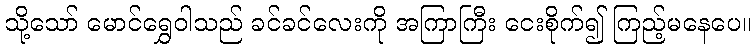
သို့သော် မောင်ရွှေဝါသည် ခင်ခင်လေးကို အကြာကြီး ငေးစိုက်၍ ကြည့်မနေပေ။